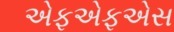
એફએફએસ